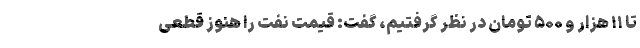
تا ۱۱ هزار و ۵۰۰ تومان در نظر گرفتیم، گفت: قیمت نفت را هنوز قطعی